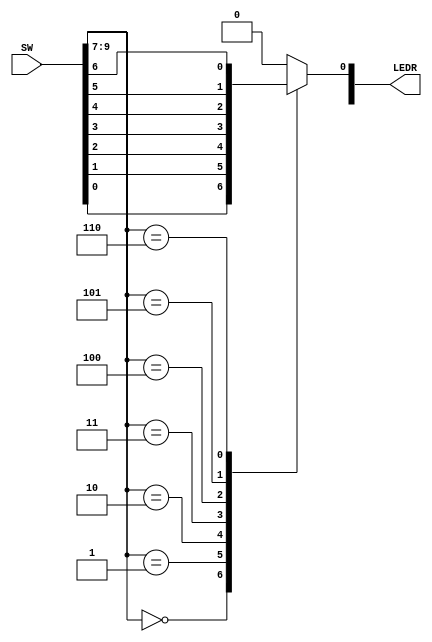
// 7-bit multiplexer
module part1(SW, LEDR);
	// input switches, outout LEDs
	input [9:0] SW; // data = SW[6:0], select = SW[9:7]
	output reg [9:0] LEDR; // display output on LEDR[0]
	
	// always block
	always @(*) // sensitivities: every variable 
	begin
		case(SW[9:7]) //select input
			3'b000: LEDR[0] = SW[0]; 
			3'b001: LEDR[0] = SW[1];
			3'b010: LEDR[0] = SW[2];
			3'b011: LEDR[0] = SW[3];
			3'b100: LEDR[0] = SW[4];
			3'b101: LEDR[0] = SW[5];
			3'b110: LEDR[0] = SW[6];
			default: LEDR[0] = 0; // default output = 0
		endcase
	end
endmodule